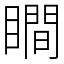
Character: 瞷